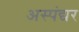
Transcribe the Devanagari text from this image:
अस्पंद्यर